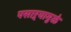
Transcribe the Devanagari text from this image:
पसाऱ्यामुळे